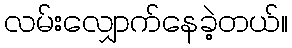
လမ်းလျှောက်နေခဲ့တယ်။